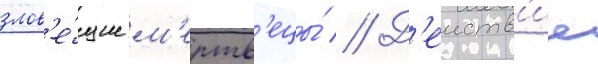
злов'е́щие м'ертв'ецы́ // Д'еиств'ие